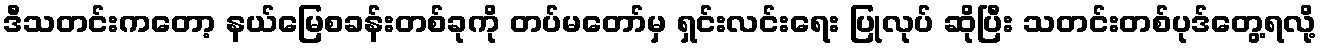
ဒီသတင်းကတော့ နယ်မြေစခန်းတစ်ခုကို တပ်မတော်မှ ရှင်းလင်းရေး ပြုလုပ် ဆိုပြီး သတင်းတစ်ပုဒ်တွေ့ရလို့